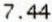
7.44